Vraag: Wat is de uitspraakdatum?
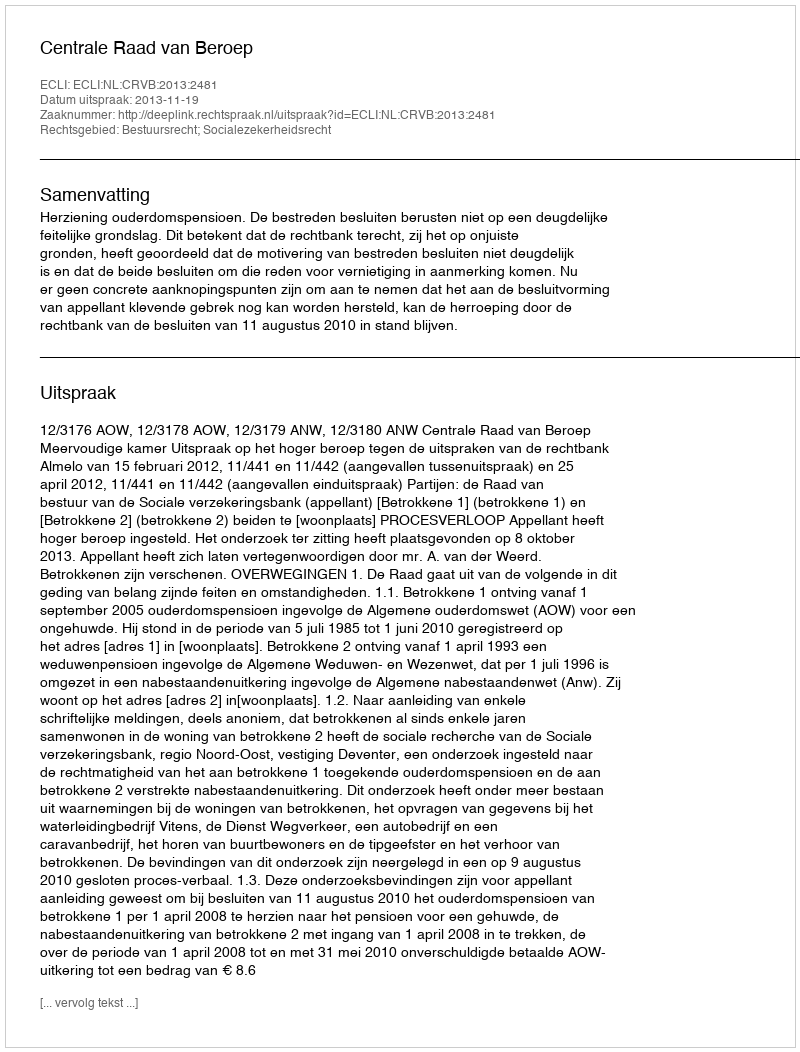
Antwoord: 2013-11-19